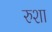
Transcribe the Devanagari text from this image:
रुशा